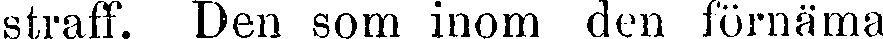
straff. Den som inom den förnäma